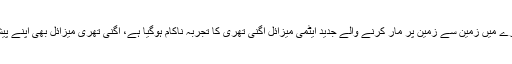
بھارتی میڈیا کے مطابق ریاست اوڈیشا میں عبدالکلام آئی لینڈ میں رات کے اندھیرے میں زمین سے زمین پر مار کرنے والے جدید ایٹمی میزائل اگنی تھری کا تجربہ ناکام ہوگیا ہے، اگنی تھری میزائل بھی اپنے پیشروؤں (اگنی-1 اور اگنی-2) کی طرح فضا میں ہی ناکام ہو کر سمندر برد ہوگیا۔